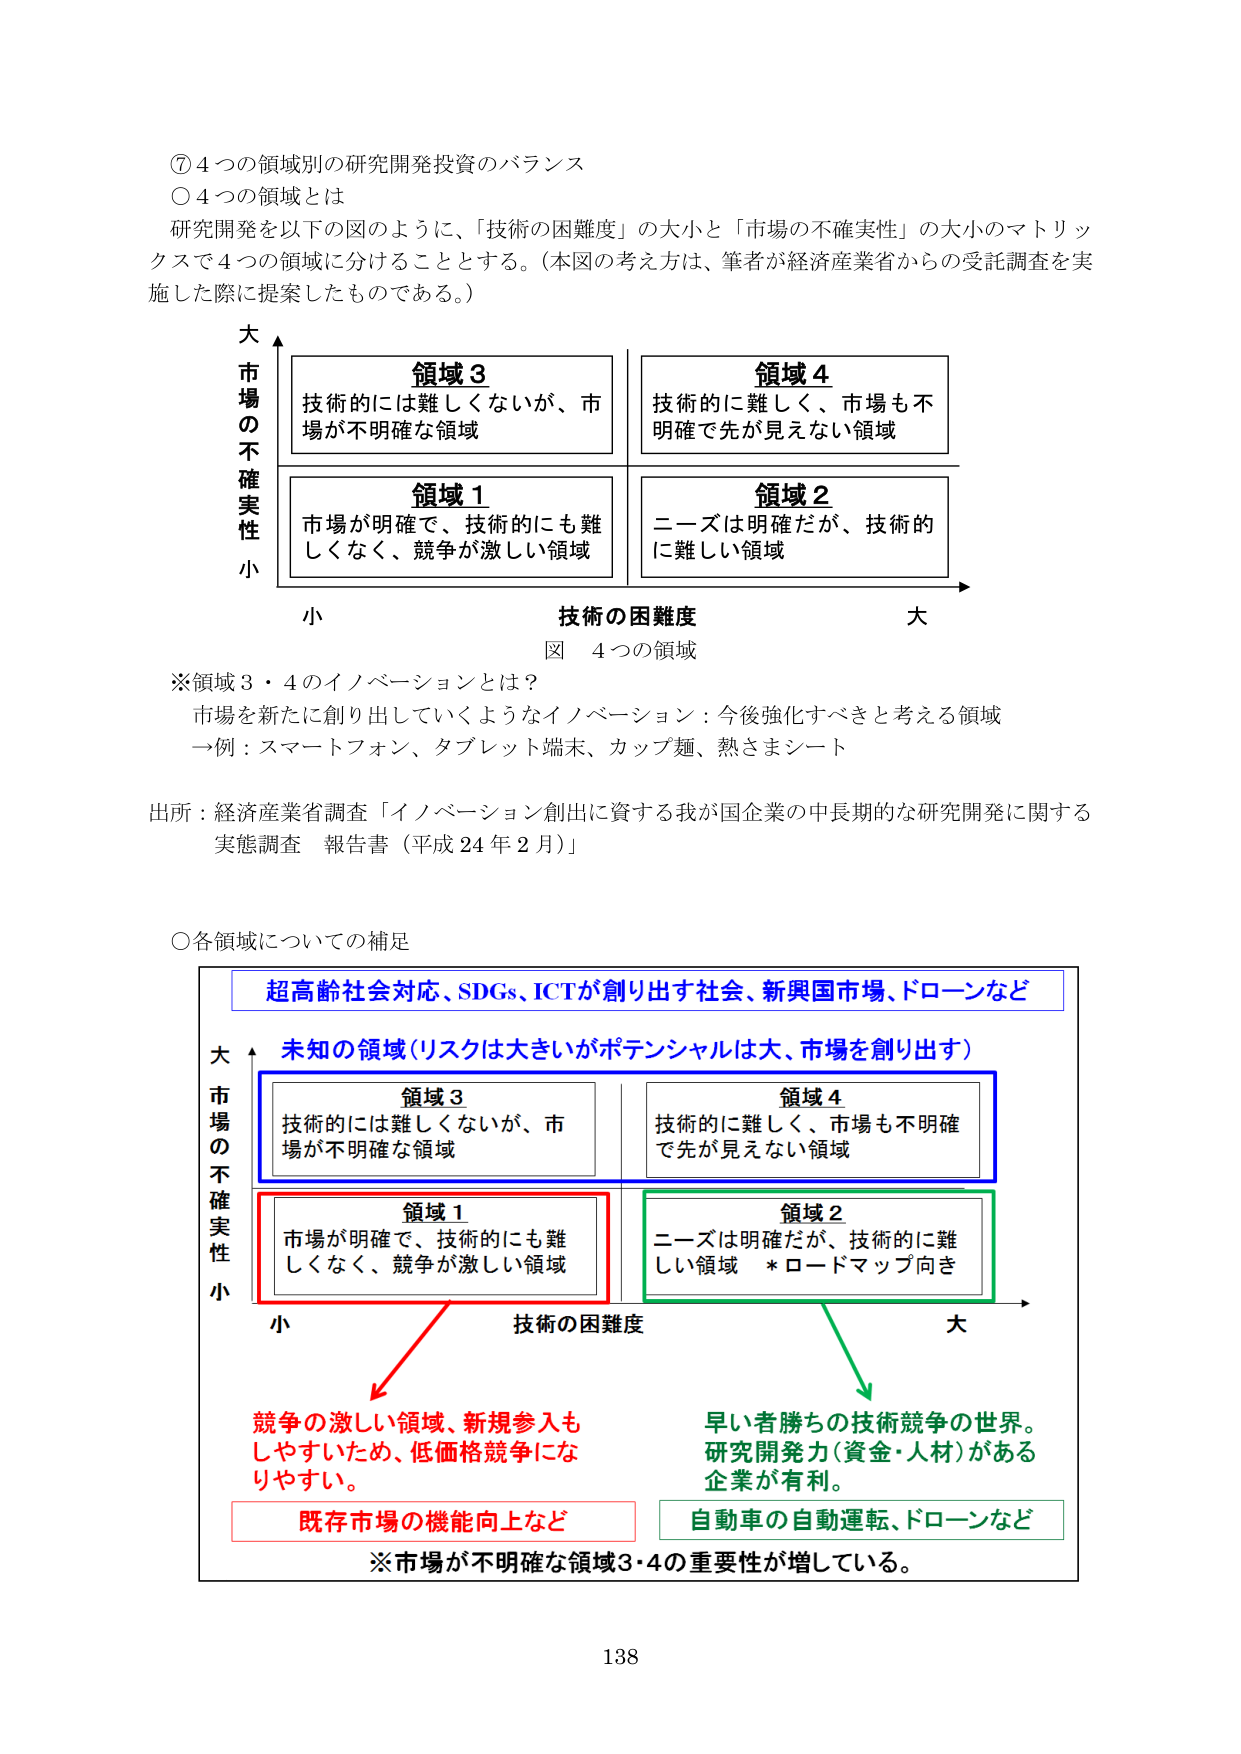
⑦ 4つの領域別の研究開発投資のバランス
○ 4つの領域とは
研究開発を以下の図のように、「技術の困難度」の大小と「市場の不確実性」の大小のマトリックスで4つの領域に分けることとする。（本図の考え方は、筆者が経済産業省からの受託調査を実施した際に提案したものである。）

大
市場の不確実性
小

技術の困難度
大

領域3
技術的には難しくないが、市場が不明確な領域

領域4
技術的に難しく、市場も不明確で先が見えない領域

領域1
市場が明確で、技術的にも難しくなく、競争が激しい領域

領域2
ニーズは明確だが、技術的に難しい領域

図 4つの領域

※領域3・4のイノベーションとは？
市場を新たに創り出していこうようなイノベーション：今後強化すべきと考える領域
一例：スマートフォン、タブレット端末、カップ麺、熱さまシート

出所：経済産業省調査「イノベーション創出に資する我が国企業の中長期的な研究開発に関する実態調査 報告書（平成24年2月）」

○各領域についての補足

超高齢社会対応、SDGs、ICTが創り出す社会、新興国市場、ドローンなど

大
市場の不確実性
小

技術の困難度
大

未知の領域（リスクは大きいがポテンシャルは大、市場を創り出す）

領域3
技術的には難しくないが、市場が不明確な領域

領域4
技術的に難しく、市場も不明確で先が見えない領域

領域1
市場が明確で、技術的にも難しくなく、競争が激しい領域

領域2
ニーズは明確だが、技術的に難しい領域 *ロードマップ向き

競争の激しい領域、新規参入もしやすいため、低価格競争になりやすい。
既存市場の機能向上など

早い者勝ちの技術競争の世界。研究開発力（資金・人材）がある企業が有利。
自動車の自動運転、ドローンなど

※市場が不明確な領域3・4の重要性が増している。

138